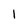
Character: 1